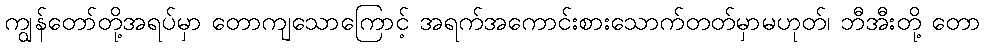
ကျွန်တော်တို့အရပ်မှာ တောကျသောကြောင့် အရက်အကောင်းစားသောက်တတ်မှာမဟုတ်၊ ဘီအီးတို့ တော